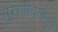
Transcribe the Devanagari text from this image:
युरोपीयांकडून